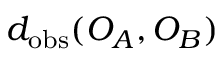
d _ { \mathrm { o b s } } ( O _ { A } , O _ { B } )